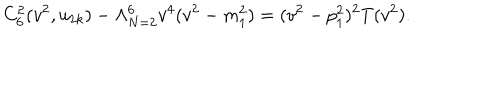
C _ { 6 } ^ { 2 } ( v ^ { 2 } , u _ { 2 k } ) - \Lambda _ { N = 2 } ^ { 6 } v ^ { 4 } ( v ^ { 2 } - m _ { 1 } ^ { 2 } ) = ( v ^ { 2 } - p _ { 1 } ^ { 2 } ) ^ { 2 } T ( v ^ { 2 } ) .